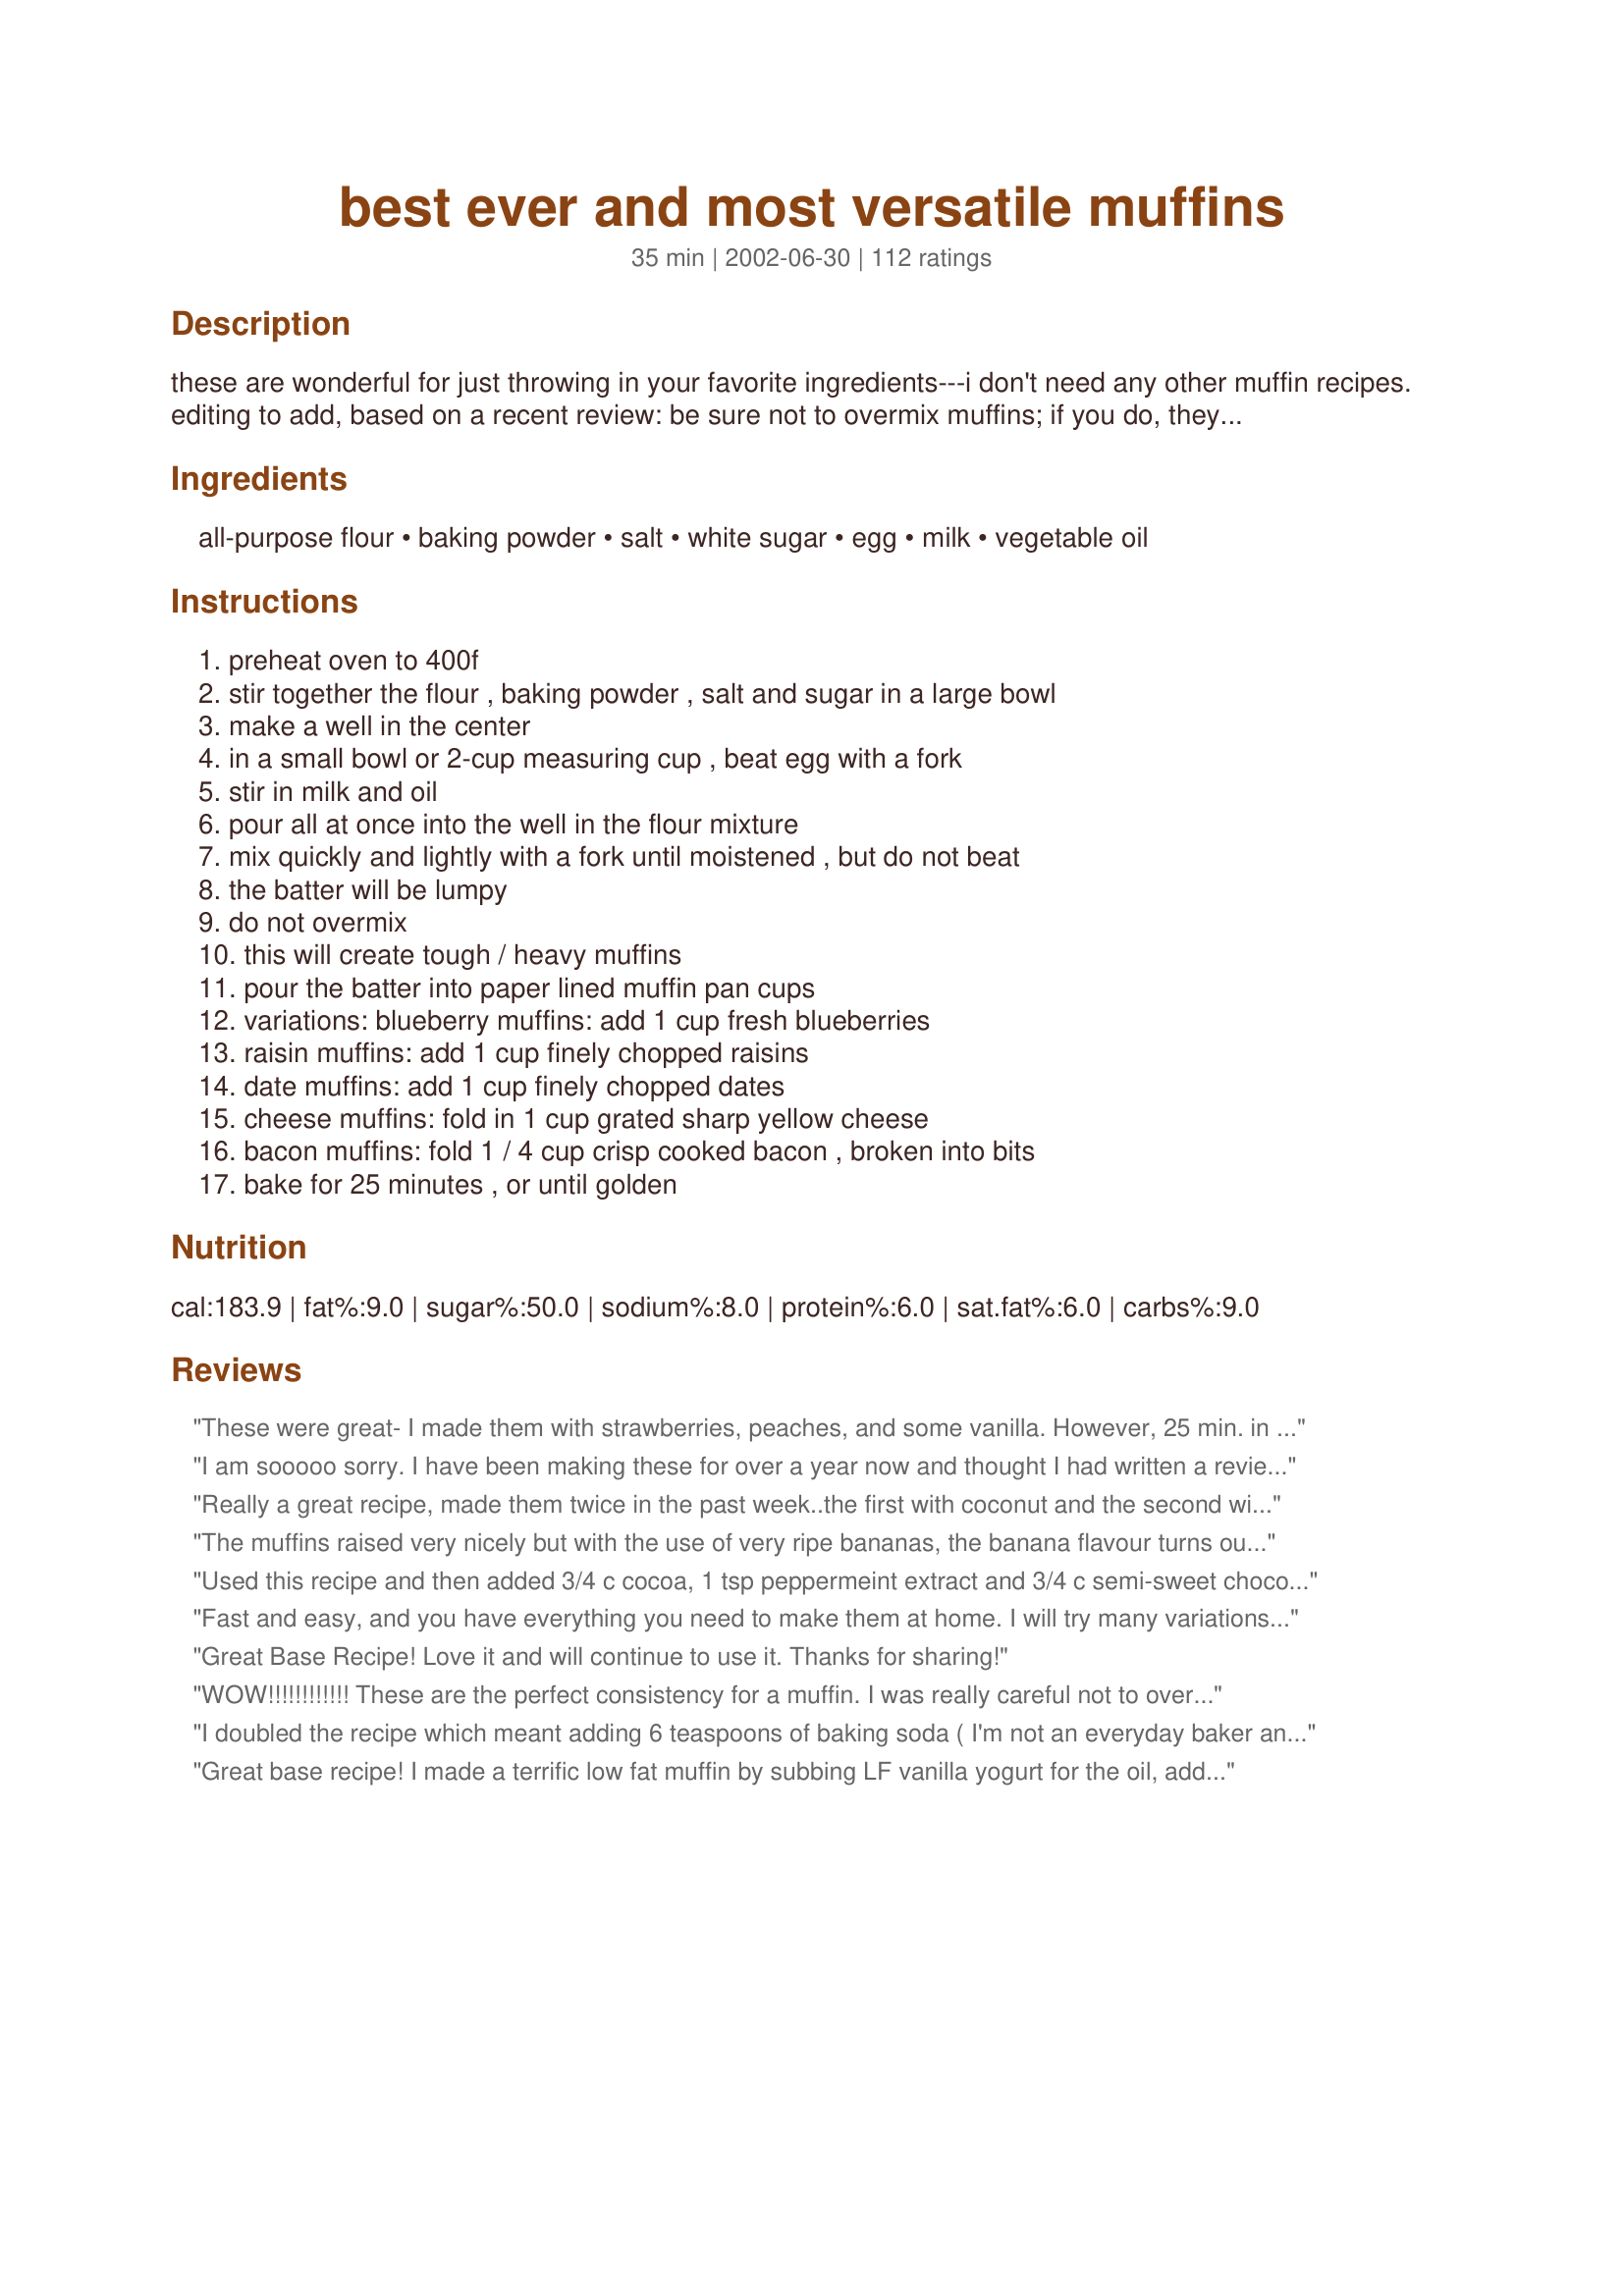
best ever and most versatile muffins
Preparation time: 35 minutes

these are wonderful for just throwing in your favorite ingredients---i don't need any other muffin recipes. editing to add, based on a recent review: be sure not to overmix muffins; if you do, they will be tough. they should still be lumpy when you are finished mixing them.

Ingredients:
all-purpose flour, baking powder, salt, white sugar, egg, milk, vegetable oil

Steps:
preheat oven to 400f, stir together the flour , baking powder , salt and sugar in a large bowl, make a well in the center, in a small bowl or 2-cup measuring cup , beat egg with a fork, stir in milk and oil, pour all at once into the well in the flour mixture, mix quickly and lightly with a fork until moistened , but do not beat, the batter will be lumpy, do not overmix, this will create tough / heavy muffins, pour the batter into paper lined muffin pan cups, variations: blueberry muffins: add 1 cup fresh blueberries, raisin muffins: add 1 cup finely chopped raisins, date muffins: add 1 cup finely chopped dates, cheese muffins: fold in 1 cup grated sharp yellow cheese, bacon muffins: fold 1 / 4 cup crisp cooked bacon , broken into bits, bake for 25 minutes , or until golden

Reviews:
These were great- I made them with strawberries, peaches, and some vanilla. However, 25 min. in the oven made them a little too toasty. I'll definitely make these again, I think they'll be perfect once I get the timing right.
I am sooooo sorry. I have been making these for over a year now and thought I had written a review. They are marvelous and the only recipe I now use for our muffins.I would give them 10 stars if I could. Thank you so much for posting. Drat this is making me hungry. Now I want a muffin!
Really a great recipe, made them twice in the past week..the first with coconut and the second with choc chips. Thank you for a fantastic recipe!!!
The muffins raised very nicely but with the use of very ripe bananas, the banana flavour turns out very mild, overall it's a good basic muffin recipe.
Used this recipe and then added 3/4 c cocoa, 1 tsp peppermeint extract and 3/4 c semi-sweet chocolate chips..the family loved them..great recipe.. Thanks
Fast and easy, and you have everything you need to make them at home. I will try many variations. This time I put some almond extract in with chopped dates, and made it as a quick bread loaf. Took almost an hour to cook, but good results. Good recipe.
Great Base Recipe! Love it and will continue to use it. Thanks for sharing!
WOW!!!!!!!!!!!! These are the perfect consistency for a muffin. I was really careful not to over beat I barely mixed them. My only criticism is to me they don't make 12 they make 10. I like a big muffin. Looking at the pictures to me many seemed too small. Thats just me maybe. I made pineapple coconut using a handful of coconut and a cup of finely chopped pineapple. EXCELLENT recipe I am sooo grateful for this one. Never need another muffin recipe again I can adapt this to make anything.
I doubled the recipe which meant adding 6 teaspoons of baking soda ( I'm not an everyday baker and this may be a no no?) - the baking soda taste was overbearing when I took my first bite, but I'll add less next time. Rattled that I made 24 muffins that will go to the chooks.... The texture was beautiful and they were super easy to make. I added 1 cup dark choc chips &amp; 1 cup of frozen raspberries ( double batch remember ).
Great base recipe! I made a terrific low fat muffin by subbing LF vanilla yogurt for the oil, adding cooked steel cut oats, 3/4 cups raisins, cinnamon/allspice/ginger spice mix, and cut the milk in half (due to the moisture content of the cooked oats). Turned out perfect without that "low fat texture". Thanks!
Add me to the list of rave reviews! This mixture yielded very tender muffins with high, slightly-peaked, and nicely rounded tops. The texture was exactly what I look for in a muffin - moist, tender, slightly more dense than a cake with a slight springiness to it. I added about 3/4 cup of mashed overripe banana and some chocolate chips and they were DELICIOUS! My two year old gobbled up more than she should have ;) I can't wait to experiment with lots of flavor combinations, and just like you, I don't think I'll be needing any other muffin recipe. The directions were wonderful, by combining ALL wet ingredients before adding it to the dry ingredients so you only have to slightly stir to combine, you will end up with a beautiful tall and tender muffin. Thanks meow! for a wonderful recipe that I know I will use often.
Fantastic. I made banana chocolate chip and cinnamon apple. Tasted great, not too sweet. I have been looking for a recipe just like this for a while! I love the versatility. I made both regular sized muffins and mini muffins. Easy to fix and fun to adapt. I'll enjoy coming up with new variations.
 very easy thanks for posting these for me dee
quick & easy recipe! Turned out great with 1/2 cup sugar & stone ground whole wheat flour. I used organic blueberries but plan to try many variations. Thanks!!
Excellent muffin. I used spelt flour, substituted water for milk, added a tsp of vanilla and glazed the finished product. My husband ate about five and my toddler tried to sneak a second. Next time I will try some of the other variations, like adding fruit. This one is a keeper. Thanks!
Great basic recipe. I used them for my mothers birthday breakfast and added various berries to batter. Very good as long as you don't overmix. Adding vanilla and maybe numeg and/or cinnamon also added to flavor. Will definitely try these again.
I made chocolate chip muffins and my husband thought they were better than the local grocery store's bakery muffins!
Lovely little muffins. Next time I think I'll add lemon peel and a lemon glaze. This time I used rasins and sprinkled them with cinnamon sugar. Fast, easy, delicate. A really superior recipie. 
*editing*
I've made a batch of these twice a week for the last two months. The last was with a shredded apple and cinnamon. Outstanding recipie. Best muffins I've ever made! I can't say enough good things.
I was a bit disappointed with the first batch, I used a cup of dried mixed berries. For the second batch of minimuffuns I added some cinnamon and a little more sugar. Those were better, I think it is a great starting point for muffins.
I made these for supper (Blueberry )came out very good. Nice flavor very moist. Didn't take long to make.
So yummy ans so easy! I will make this again and again. It is a great easy breakfast to eat in the car on the way to work! Thank you , thak you!
The kids loved making these, we used 1 Tbsp poppy seeds and a tsp of almond extract. They turned out great and disappeared quickly!
This were really good I followed as instructed especially the part of using a fork. Anyways. I divided the batter and added chopped bananas in one and chocolate chipes in the other. I also added cinnamon powder on top of the banana batter before baking. Will make these again

update :was wondering how i just gave it 4 stars it definitly a 5 stars well deserved
Came to add to my review and realized I hadn't written one- shame on me, as these are my default muffins! The batter is light and sweet. I have made several variations, those listed and others (whatever I'm in the mood for). I thought today's variation was worth mention, though. It is unbearably hot and though I was in the mood for these I couldn't bear to heat the oven. Instead I pulled out the wafflemaker and decided to give it a try. They were still delicious! (Obviously the batter is thicker than that for waffles, I just spread it as much as possible and the wafflemaker did the rest.)
I made these today and they turned out delicious.
I followed the suggestion of someone under me by adding vanilla to the batter.
I also threw in about a cup of frozen raspberries from my moms bushes and i added a bit of raspberry jam to the tops before i baked them and swirled it in.
SO GOOD!
Just sweet enough. I'd give em 10! I like customizing!

I checked them after 15 minutes and they were gettinga bit toasty so I took them out. I didn't cook them with papers. 15 minutes was just fine although my oven may be a little hot.

Thank you for this recipe!
These is easily my favorite muffin recipe ever!!! Very tender moist muffins even when their not fresh out of the oven. I used blueberries in mine and they tasted amazing, 5 stars for this recipe!
This recipe was great, better than any recipe that I have previously used! :-D...Very manageable and easy to make it your own!! The only problem was I found 25 minutes was way too long, next time I would reduce it to 20 minutes. Thank you for the great recipe! :)
I made this recipe again twice, This time I doubled the recipe (I mean multiply every ingrident by 2 lol), and made large muffins in regular 12 muffin pan, of course they were overfilled, but they turned out amazing jumbo muffins! I baked them for 30-32 minutes instead of the 25 as for regular batch of muffins. I also added 4 mashed bananas in the end after all the ingredients have been mixed :) AMAZING!
Great Recipe. Very moist and full of flavor. I have never had luck with muffins. They usually come out dry and course. This recipe is great. Love the simplicity of it. The family wants more.
The recipe was very good when hot and straight out of the oven. However, by the later afternoon, when cooled, the muffins were quite heavy and rather tough.
These were great! I used a banana, raisins and chopped walnuts. I also added vanilla. I can't wait to experiment with other flavors!
I can't believe I forgot to rate these. These were extremely easy to make; my daughter loved them. I'm going to try them with applesauce and cinnamon in the mix next time.
I used coconut oil in the recipe and to grease the muffin tins. I added 1.5 cups of frozen cherries halved. My family loved them. They were like those gourmet muffins that cost $1 each at the grocery store. Actually, my husband said that they were even better. Thanks!
So my pantry was very limited on add-in ingredients but I was craving muffins! I found this recipe and decided to give it a try. I had a few variations: I opted for 1/2 cup of white granulated sugar and 1/4 cup of brown sugar (just because I love brown sugar!), and I added 1 tablespoon of vanilla with the wet ingredients. I had white chocolate chips and peanut butter in my pantry so I said &quot;What the heck!&quot;. I added 1/2 cup of white choc chips and a healthy scoop of peanut butter to the mix (maybe 2-3 tablespoons?). I cooked at 400 degrees for 20 minutes and out came peanut buttery, white chocolate chip, perfection! My whole house smelled like peanut butter cookies while they were baking and they came out fluffy and amazing (and not overly sweet!). I also decreased the salt to a pinch due to adding the peanut butter. Highly recommend this recipe and it is very fun to play with and create new muffins!
Great recipe! I made cheese muffins and they came out great! I used Sargento's Shredded Sharp Cheddar Cheese and came out wonderful--just a small hint of cheese! I don't recommend using "plain" cheddar cheese as it would be overpowered by the muffin and you won't taste it at all. The top was a little crunchy which was perfect. The muffins weren't too sweet either so that's another great point of this recipe. One suggestion though: Take them out when the top is brown! I baked them for the full 25 minutes and the sides were a little burnt--I'd definitely use the lower end of the scale next time! This recipe is a keeper--even a newbie baker like me can tell! Arigatou (thanks!) spatchcock!
Very good recepy, I added vanilla extract and chocolate bites. And I baked it on 205 C for 14 min. Thank you :)
Mmmmm....yummy! DD asked for chocolate chip muffins this morning so I came here to look for a good recipe. We used this one and added 1/2 c. mini chocolate chips and 1/2 c. dried cranberries. They were so good! 25 min. made them dark golden brown and a little crunchy on top and just perfect for me! They tasted so good!
I don't think mine come out that good. It's O.K.
What a recipe! I set the oven to preheat, then started mixing. 5 min later, it's mixed and my oven is still at 74c, the fastest recipe I've ever had! When it first came out of the oven, it was the softest muffin I've ever seen, puffy and fluffy, and tastes so good! Will be making these at the event I'm attending (probably making 500-800 of them) Thx for a great versatile recipe!
I made with 1 cup white flour &amp; 1 cup Wheat. 1 tsp vanilla &amp; 1/2 cup each of chocolate chips &amp; raisins! Yummy ??
YUM!!! I used whole wheat flour and added 1 cup cut up apples, 1 tsp cinnamon, 1 tsp vanilla and 1/2 tsp vitamin C powder (keeps them fresh). DELICIOUS AND NUTRITIOUS
I think the recipe is good, but I'm not an independent enough baker to come up with a good filling combo. I didn't have any fresh fruit around so I tossed in a teaspoon of cinnamon & a teaspoon of vanilla plus a fourth a cup of chocolate chips & 1/2 cup of brown sugra. Hardly tasted the cinnamon, and if the brown sugar added anything I would have been really disappointed without it. I also added instant coffee--sprinkled some in, and a spoonful of nutella to half of the muffins. The flavors didn't stand out at all. Guess I need to be more bold next time. Also, the muffins weren't moist. I can possibly blame over stirring for that--though I was anxious the whole time about all that others had warned about, I stirred in my added ingredients AFTER the milk/egg mixture & maybe that's what overdid it. Or maybe I baked it too long--20 minutes as opposed to the 25. But if either of those things were to blame, I wish the recipe would have been more specific to prevent though issues. Still, it was an easy--nearly one bowl recipe. I'll probably be returning to it.
It was pretty good but in my opinion it needed more sugar.
great recipe i used the multiplier and made 60 muffins only the dry ingredients then during the week added the wet stuff. blueberry one day the next cranberries and oj etc. hubby and the guys who work for us were thrilled not to mention my visitors i think my mother in law visited 4 times this week
Good recipe! I made them with 1 1/2 cups of dates .. thanks!!
These are very good, great texture and very versitile. I made them almost exactly as written except I added about 1 1/2 t. vanilla and 1/2 c. white sugar and 1/4 c. brown sugar and 3/4 c. mini choc. chips. I made them into mini muffins and got about 40 of them. I baked them for 10 min. at 400. My daughter loves them and even my picky husband thought they were good. I think next time I will make them with blueberries and add a little lemon juice or zest. Thank you for the great recipe
They were good, but I didn't LOVE them though. I added cinnamon, nutmeg, and raisins. I myself, am a sugar-a-holic and like them a little bit sweeter. I think they would be good with bacon or cheese, I will try that next time.
I have never been a good muffin baker, but without even trying these came out as the best muffins I have ever tried. I made half the batch poppyseed blueberry and the other half (from a reviewer's tip) cinnamon apple sauce. I just added as much as I wanted. MMMMMmmmm they were both soo good
These were great! I substituted 1/2 c. orange juice for half of the milk because I was making cranberry orange muffins (3/4 c dried cranberries and 1 1/2 tsp orange zest). I got lots of compliments and will definitely make them again.
These are delicious! I made mine with chocolate chips and they turned out perfectly. These are not very sweet muffins so they are perfect for very sweet add ins or toppings. I give four stars because they do no hold up well in a sealed container after 24 hours. They became tough quickly.
I made quite a variety from one batch of batter. For mini-muffins, i cut the cooking time to 10 minutes and they turned out perfect. Added some cherry conserve to some, that was my favorite, and added some strawberry raspberry jam to some and swirled it in, those were my husband's favorite. the full size muffins i made with cheddar and bacon seemed a bit dryer for some reason, not sure if i baked them a bit too long or not, but since we all have a sweet tooth, in the future we'll only use fruit and save the cheese for casseroles lol Off to make a batch of these now with more jam for my husband to wake up to :D
These muffins were very light and fluffy, I really liked the oil instead of butter. I added 3 heaping teaspoons of chai mix to my muffins and they turned out great. Thanks for the recipe!
I finally found my muffin recipe! i've been trying some but wasn't happy with the result,usually the amount of sugar was off,but these were great. I've got 12 mini muffins and 12 regular ones.Made them with frozen raspberries and I can't wait to try other variations too. Thanks for sharing!
So simple and easy to do. I used 1 1/2 cups cheese and they were just as good or better than bought cheese scones.
Not necessarily the best and it is the most versatile
I made these muffins with lots of blueberries. They came out really good. I have an insane sweet tooth, but I didn't think the muffins were bland (ie not so sweet). My guinea pig, one without much of a sweet tooth at all, thought the muffins needed a bit more sugar, and he said 4 stars. So 4 stars it is.
These are so good. I have a muffin tin for 24 muffins/cupcakes, so I doubled the recipe, then split it into two bowls. My raspberries didn't look so good, but my blueberries were fine. I added blueberries to one bowl and mini-chocolate chips to the other. Baked as directed. These are some of the easiest muffins I have ever made. Thanks for sharing.
These turned out great! I added powdered lemon flavoring and seedless blackberry jam. I have never had much success with muffins before, but these were perfect. So yummy! I cooked for exactly 20min. and they were just right.
Delicious, quick muffins! I usually make cranberry or banana muffins, for cranberry I take about half a cup or more (preference) of craisins rehydrated, and add. For banana I add two mashed bananas and decrease the milk to 3/4 cup. I also always use soy milk because of a dairy allergy and love using the Very Vanilla kind in the fruit muffins. Yum! Thanks for sharing.
A good basic muffin recipe, that you can add whatever you like to ~ I added grated apple, chopped pecans, wheat bran & cinnamon.
Yummy! I have made this recipe twice now. The first time I used frozen berries and the second time bananas and bitter chocolate. Both times these were great. I replaced of the sugar with vanilla sugar (3 T or so).

As a non-baker who is not very good at making sweets, I was very very happy with this recipe.
I added chopped dates, walnuts, cinnamon and nutmeg. Smells like heaven in here :) 
Frozen blackberries next time!! Thanks for a great recipe for hubby to take with him on his morning commute! ~Andi
I can't agree more with others- these are very easy and delicious.
I doubled the recipe , added 2 cups of blueberries, 1 teasp. each of vanilla and orange extract. Smelled fabulous! These will make a great pick up and go breakfast sent to my 2 college kids!
Great recipe! I used Splenda, whole wheat pastry flour, added a banana and some walnuts and made 6 big muffins. They were very good with a cup of coffee for our breakfast. Thanks for a good basic muffin recipe. Carole in Orlando
Great and oh sooooooo easy. I made these with chocolate chips. Will be making again and again. This is a recipe that I will be keeping close at hand. They tasted soooo good!
thank you! we really appreciated your muffins!
 very moist and delicious, anda very easy for me that i am italian and new to muffins &co.!
The first time I made this recipe I thought the muffins came out too dry..So, I added 2Tblsp. sour cream to the batter and 1 tsp vanilla..They came out much better. I like adding crasains too my muffins...And vanilla is a must ...
They were a bit bland. I'll make sure to add vanilla next time.
Very very good muffin recipe. I chose this because of the simplicity of the recipe. I used all organic ingredients; subbing whole wheat flour and turbinado sugar (1/2c) and honey (1/4c). I cut the flour back by 1/4c and then added 1/4c ground flaxmeal. I made my batch plain but threw in carob chips for my 4 yr old daughter's. She also gave 5 stars. We will make these again after we have gone blueberry picking. Nice texture; not too soft and not spongey. Flavor was very good too. Thank you for sharing.
I used butter instead of oil, added 1 tsp. cinnamon and 1 tsp. vanilla, also did 1/2 cup sugar and 1/2 cup brown sugar and added golden raisins.
Great base recipe...I used chopped (dried) apricots that had been plumped in some Earl Grey tea (try it - it's great!) and we gobbled them up!!! Thanks meow!
Really good! I added 1/2 cup quick oats plus some dried fruit and almond extract then sprinkled sliced almonds on top.
Those were great! Used brown sugar instead of white, a bit less oil and added about 3 tbs of orange marmelade. Thanks!!:)
I had overnight guests for which I hadn't planned, so I did a quick search the next morning for a very basic muffin recipe to include in a light breakfast--this is the one I ended up using. I followed the recipe, adding a cup of dried blueberries. Everyone seemed to really enjoy them--our guests took the leftover muffins with them to snack on during their trip home. I am rating these without the benefit of having tasted them, using only input from my family and guests. Great basic (but versatile) recipe to have on hand--thanks for posting!
Easy and quick....exactly what I like in a recipe! I added some banana and subbed half the sugar with brown sugar. Yummy!
I can't believe I haven't written a review for this recipe yet! I have made these several times. You can adapt them very well. I have two boys, one likes blueberry muffins, the other chocolate chip. So, I split the batter in half, add the mix-ins, and then we have some of both. I did sub applesauce for most of the veg. oil to make them a bit healthier. Great base for muffins!
Made these will 1/4 cup of cocoa powder and 100g of chocolate chips...I found this recipe ages ago and have made lots of different flavours..it really is the most versatile.
My first time ever making muffins as I have made queen cakes for about 40 years! I added some fresh blueberries n they are looking gorgeous in the oven. Can't wait to take them out ??
I was in a baking mood today so I decided to a bake up a few recipes off Zaar. This was one of them. I decided to use chopped up dates and apples. The muffins were dense and cakey. I loved the texture and taste. Thanks for sharing!
This was a really great standard recipe. I divided the batter and added carrots and cinnamon in one, and apples, coconut and cinnamon in the other. Baked for about 25 minutes and they rose beautifully! Thanks for a great recipe which i'll be using again and again.
Great muffin recipe :) I went looking for a muffin recipe and chose this one, then I realized I didn't have flour! but I did have some baking mix so I subbed that for the flour/baking powder/salt. I also added 1 cup of drained canned cherries (which I pulsed a couple times in my magic bullet), and topped with coarse sugar. Not sure if they turned out like the exact recipe does due to the baking mix, but they sure were good. Thanks!
This is a very good, versatile muffin recipe. I made a double batch. Half with blueberries & half with bananas &nuts. Thanks for the recipe.
Yummy. I love muffins on weekend mornings, and these were quick to mix up. I added a cup of sliced fresh strawberries - which was perfect. DH & I enjoyed them with a bit of sweet butter & coffee. I'll use this recipe again and again.
The first time I made them, I used cheddar and my 5 year old RAVES about these! I have also made these with blueberries - also yummy. Next time I make these, I plan on making the bacon (with cheese though). Thank you!
Great recipe and Great instructions, my muffins turned out perfect. The possibilities for this recipe are endless, you can add whatever you like to this batter. I added 1 teaspoon of vanilla extract and 1-cup of mini chocolate chips and then sprinkled top of muffins with sugar before baking, VERY GOOD, my picky children loved them. I have so many different ideas on what to add to this recipe next time i make this. This is now my favorite muffin recipe. Thank you spatchcock for sharing this recipe.
These really are quite good and very versatile. I made them with blueberries and peaches and they are just bursting with fruit. I like that the fruit is what stands out and not the batter. On saying that..the only thing that makes these 4 stars instead of 5 is that the batter needs a little bit of kick. I added a splash of vanilla and a dash of cinnamon in mine, but I think they could have done with a little bit more. Nothing a little tweaking (because each variation would be different) won't perfect. Just wanted to let others know not to be shy with adding in what you think would taste good because I think it would be hard to ruin these babies. Thanks for a great and easy recipe.
I did two batches of this recipe because the first one was awful. I followed it to the letter. Sadly the second was awful too. Everyone thought they were dreadful. Sorry!
Really good recipe - not sweet either - added fresh blueberries and 1/2 were gone before they cooled off! Definitely a keeper - thanks!
Yumm!! My sister just loved these, gobbled them up, and everyone else likes them a lot. I added one biggish yellow apple that was still green, and next time will up it to 1 and a half. I was going to sprinkle cinammon on top before baking, but forgot; no matter, these still turned out moist and yummy. Thanks!
I just finished making these muffins for breakfast and I have to tell everyone that these muffins rival any bakery muffins that I've had. I did add vanilla extract, and frozen drained strawberries, and even though I reduced the recipe ( I would have eaten them all!), they still came out terrific. This is one recipe I'll use over and over. Thank you so much for posting.
I made these with bananas. I subbed 1/2 cup WW flour for the white, half white and half brown sugar, and a tsp. of cinnamon, and 2 bananas. Unfortunately, my 12-cup muffin pan is rusted out, but the jumbo muffins I made turned out great, and only took about 5 more minutes. It's the only muffin recipe I have in the kitchen now.
this was just so good,
i put in a banana and some walnuts,
thank you
Great stuff! I have used it twice. One, I made batter as instructed and added a thawed 12 oz. bag of blueberries. Two, I substituted 2 cups of Low Fat Bisquick Substitute (Recipe #75577)for the flour, baking powder, and salt and also added a cup of chopped dried fruit. Very good both ways. Thanks.
These muffins turned out great! I have tried strawberry, cheese and chocolate chip. My husband and son love them and ask for them all the time.
Versatile - they certainly are that and more. Easy, light and soft, added mashed ripe banana and some chocolate chips - delicious.
I made these today with frozen mixed berries and a splash of almond extract. I thought they could use a little more sugar, maybe a full cup instead of 3/4. I still gave it a 5 star review as I know I will repeat this recipe with all the possibilities for muffins: chocolate chip, lemon, blueberry, cinnamon, etc. It's a keeper for sure.
what a great standard recipe!.I made these and added fresh chopped pears and a little cinnamon.wonderful!i will use this recipe over and over forever.thanks soooooooooo much.
Ok I reallly wanted these to turn out good, but they didnt and I dont know why! I halved the recipe and subbed butter for oil but other than that followed it to the T but my muffins came out more like scones, crispy and very crumbly. Still edible but definitely not cakey/ muffiny.
These were excellent! I made them exactly as directed except I added 1/2 pint of fresh blackberries. I also took the advice of one of the previous reviewers and checked and found them done in 20 minutes. Thanks for a great recipe. I have a feeling I will make these over and over.
Excellent muffin recipe! I used about 1 1/2 cups of chopped Granny Smith apples and 1 tsp. of apple pie spice. They were moist and delicious. Can't wait to have the leftovers for breakfast! Thanks!
Very yummy! I made an apple-cinnamon variety with some vanilla and a crumb topping. A very good basic recipe; I only gave it 4 stars because I added quite a few spices, and I still thought it could use more. Thanks :)
I tried to be careful not to overmix these, but I suppose I must have. They were a bit tougher than I would have liked. All the same, my family seemed to like them well enough.
Meow: I made this adding 1 peeled, grated apple & 1 t.cinnamon. Topped with a crumbcake type topping before baking. The batter produced 6 PERFECT jumbo muffins - I'll be making these again soon ... and often !!
A good breakfast muffin -- not overly sweet! Made mine with chocolate chips. Next time I'll bake a few minutes less -- by the time I got them out they were golden brown all around. I'll definitely try them again.
Wonderful standard recipe! I added candied ginger and fresh strawberries, and they were simply delicious. I know I'll be making this one over and over. Thanks for the great recipe!
This is a great recipe. I to like flavor, so I added lemon zest and the juice along with cranberries. I also sprinkled white sugar and cinnamon on the tops before baking!!! Try it, YUM
AT LAST!! My mom always made plain sweet muffins for the &quot;shortcake&quot;....{as in &quot;strawberry&quot;}. Until now, I had not been able to find a recipe ANYWHERE! Thank You so much [and just in time for the fresh fruits season]! One muffin, whole, cut or torn in pieces + 1/2 cup fresh fruit, sweetened to taste [or not] + Heavy whipping cream with or without the &quot;whipped&quot; = the best desert ever --- just like my mom&#039;s!
I just realized I had never rated this recipe! I've been using it for quite a while and make blueberry muffins at least once a month. I add a teaspoon of vanilla, cup of frozen blueberries and sprinkle each muffin with a little sugar. These come out perfect. This is my standard muffin recipe. Thank you!
Great basice recipe....the possiblities are endless. Today I added about a cup of chopped frozen cherries, 1/2 cup of chocolate chips and a tsp of vanilla for Choco-Cherry muffins. They were great. Mine took 20 minutes.
Made these twice.

First time added quite a bit of cocoa, a mashed banana and some peanut butter. Couldn't taste the peanut butter, but the chocolate and banana made it taste very good. It was a dark chocolate.

Today I used less cocoa, a teaspoon of vanilla, a mashed banana, and some pecans. These didn't have a dark chocolate flavor, more like a hint of chocolate, and they were quite good too.
Oh yum! these were so moist, and I was surprised by how much they rose in the oven! I will be using this as my own "versatile" muffin recipe.
Made this with blueberries and stevia instead of sugar. They were very good. Totally gone before I could snap a picture! I did have to add a bit more milk to get it to a muffin batter consistency. My flour may have been a bit dry-- being winter and all. I am making these again today perhaps with cheese and bacon!
These muffins will replace any and all recipes I have in my "Family Favorites" cookbook. They were tender,light and delicious! I added 1/2 cup reconstituted apricots, 1/2 cup chopped granny smith apples, 1 tsp almond extractand 1 tsp cinnamon. I have never tasted a muffin that compares. I have been experimenting with several recipes with little satisfaction regarding the texture, but these are PERFECT in every way. They are perfectly sweet and tasty. I thank you from the bottom of my heart.
